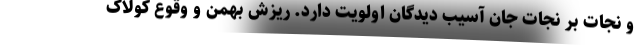
و نجات بر نجات جان آسیب دیدگان اولویت دارد. ریزش بهمن و وقوع کولاک